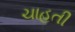
ચાહતી